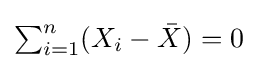
{\textstyle \sum _{i=1}^{n}(X_{i}-{\bar {X}})=0}